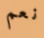
نعم